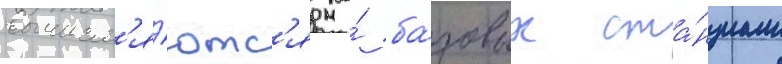
вычисл'я́ютс'я на́ ба́зовых ста́нциам